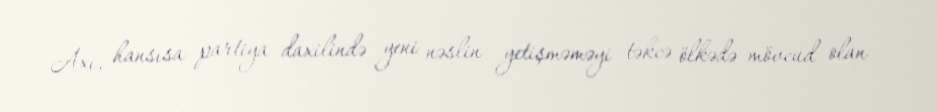
Axı, hansısa partiya daxilində yeni nəslin yetişməməyi təkcə ölkədə mövcud olan